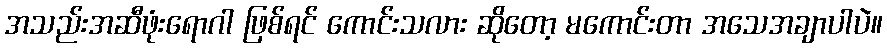
အသည်းအဆီဖုံးရောဂါ ဖြစ်ရင် ကောင်းသလား ဆိုတော့ မကောင်းတာ အသေအချာပါပဲ။